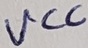
Text: VCC